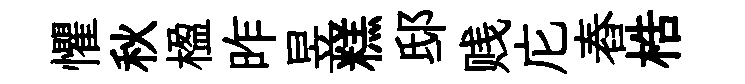
懼秋楹昨昱糕邸贱庀舂梏